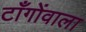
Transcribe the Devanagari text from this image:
टाँगोंवाला